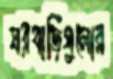
ঘরবাড়িগুলোর